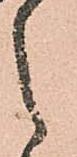
之